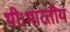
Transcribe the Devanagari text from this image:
थी।भारतीय